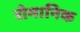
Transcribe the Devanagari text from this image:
रोमानिक